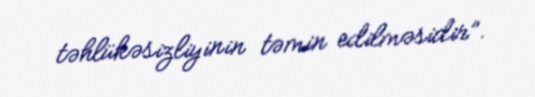
təhlükəsizliyinin təmin edilməsidir”.